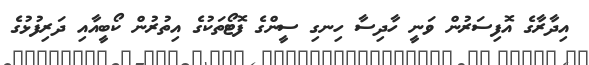
އިދާރާގެ އޮފިސަރުން ވަނީ ހާދިސާ ހިނގި ސީންގެ ފޮޓޯތަކުގެ އިތުރުން ކޯބީއާއި ދަރިފުޅުގެ